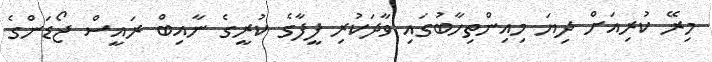
މިރޭ ކުރިއަށް ދިޔަ މިއިންތިހާބުގައި ވާދަކުރި ފީފާގެ ކުރީގެ ނާއިބް ރައީސް ޖޯޑަންގެ